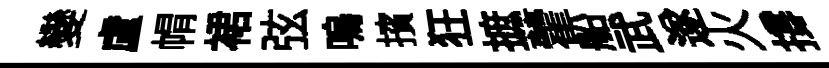
變盧㡌裙弦嗚擯狂摭藿船武遂火撐